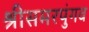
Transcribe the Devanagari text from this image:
श्रीसमरपुंगव